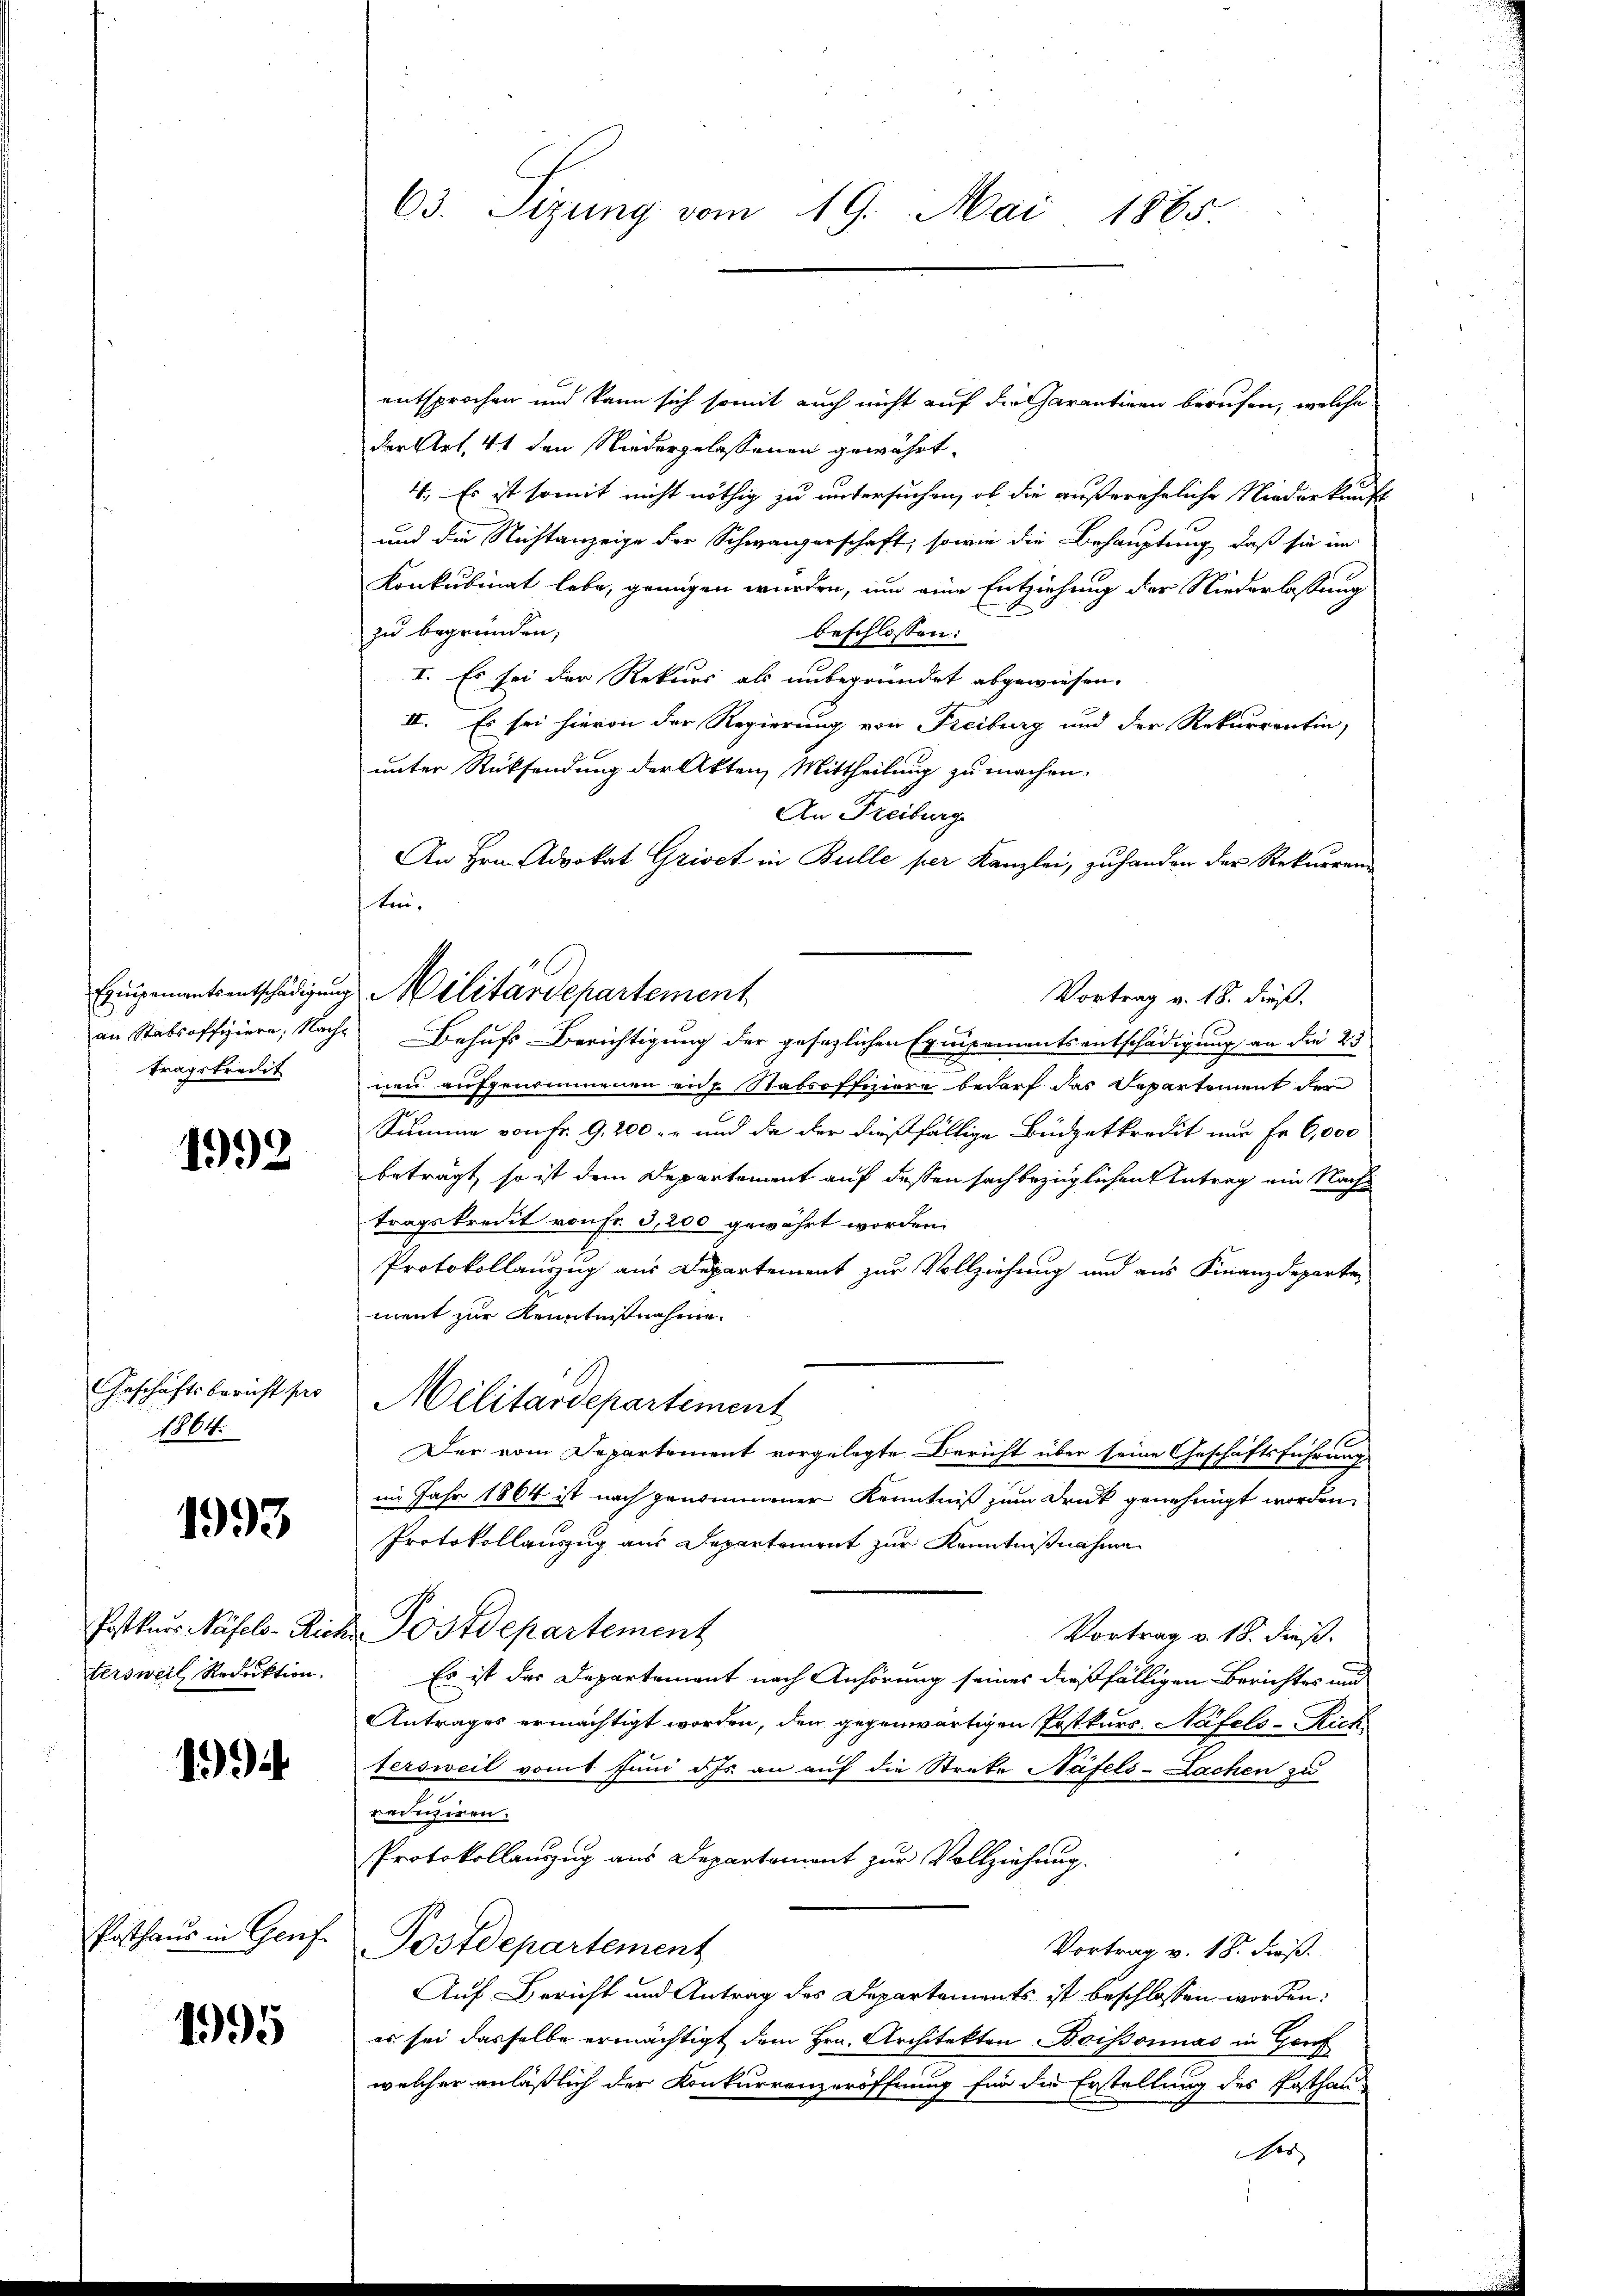
tragskredit

1864.

1993

tersweil, Reduktion.

1)

Posthaus in Genf.

1995

entsprochen und kann sich somit auch nicht auf die Charantinen berufen, welche
der Art. 41 den Niedergelassenen gewährt.
4., Es ist somit nicht nöthig zu untersuchen, ob die außereheliche Niederkunft
und die Nichtanzeige der Schwänzerschaft, sowie die Behauptung, daß sie im
Konkubinat lebe, genügen werden, um eine Entziehung der Niederlassung
zu begründen;
beschlossen:
I. Es sei der Rekurs als unbegründet abgewiesen,
II. Es sei hievon der Regierung von Freiburg und der Rekurrentin,
unter Rücksendung der Akten Mittheilung zu machen.
An Freiburge
An Hrn. Advokat Grioct in Bulle per Kanzlei, zu handen der Rekurren-
kei¬
Vortrag v. 18. dieß.
2
an Stabsoffiziere, Nache Behufs-Berichtigung der gesezlichen Equipementsentschädigung an die 25
nen aufgenommenen ein Stabsoffiiere bedarf das Departement der
Summe von Fr. 9, 200 er und da der dießfällige Büdgetkredit nur Fr. 6,000
 beträgt, so ist dem Departement auf dessen sachbezüglichen Antrag ein Nachtragskredit von Fr. 3,200 gewährt worden.
Protokollauszug aus Departement zur Vollziehung und aus Finanzdeparte
ment zur Kenntnißnahme.
Geschäftsbericht per Militärdepartement
Der vom Departement vorgelegte Bericht über seine Geschäftsführung
im Jahr 1864 ist nach genommener Kenntniß zum Druck genehmigt worden.
Protokollauszug aus Departement zur Kenntnißnahme
Postkurs Näfels-Rich Postdepartement
Vortrag v. 18. dieß.
Es ist das Departement nach Anhörung seines dießfälligen Berichtes und
Antrages ermächtigt worden, den gegenwärtigen Postkurs. Näfels-Rich
fersweil vom Juni des an auf die Streke Näfels- Lachen zu
reduziren.
Protokollanzzug aus Departement zur Vollziehung.
Postdepartement
Vortrag v. 18. Fuß.
Auf Bericht und Antrag des Departements ist beschlossen worden:
es sei dasselbe ermächtigt dem Hrn. Architekten Boissonnas in Genf
welcher anläßlich der Konkurrenzeröffnung für die Erstellung des Posthauder

63. Sizung vom 19. Mai 1865.

Einigenantsentschädigung Militärdepartement